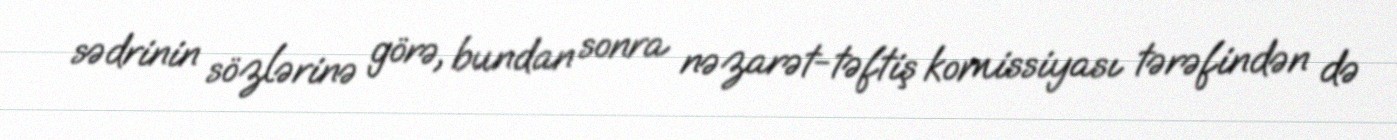
sədrinin sözlərinə görə, bundan sonra nəzarət-təftiş komissiyası tərəfindən də